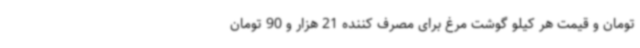
تومان و قیمت هر کیلو گوشت مرغ برای مصرف کننده 21 هزار و 90 تومان